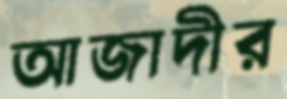
আজাদীর